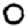
Digit: 0